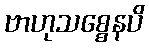
ဗာဟုသစ္စေနပိ